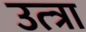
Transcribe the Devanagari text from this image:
उत्त्रा